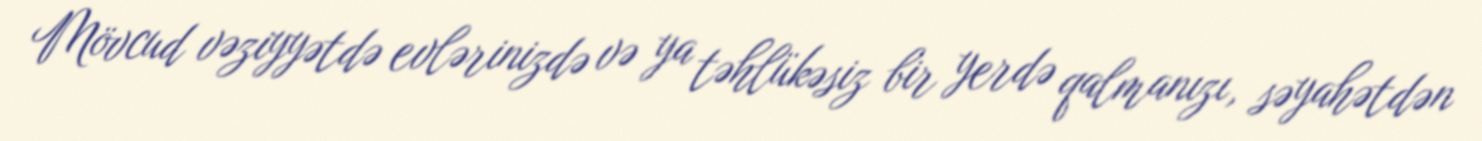
Mövcud vəziyyətdə evlərinizdə və ya təhlükəsiz bir yerdə qalmanızı, səyahətdən